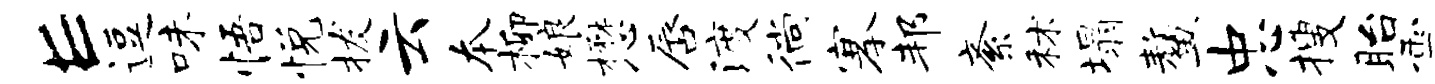
E逗味悟悦拔云本柳娘懋唇渡徜搴邦紊秫塌鳌忠搜眙雩